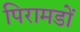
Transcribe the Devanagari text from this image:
पिरामडों